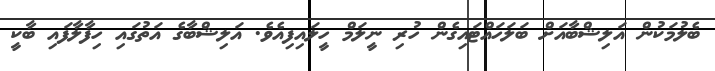
ބެލުމަކުން އަލިޝްބާއަށް ބަލަހައްޓައިގެން ހުރި ނީލަމް ހީލައިފިއެވެ. އަލިޝްބާގެ އަތުގައި ހިފާލާފައި ބާކީ